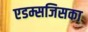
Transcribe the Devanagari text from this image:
एडम्सजिसका